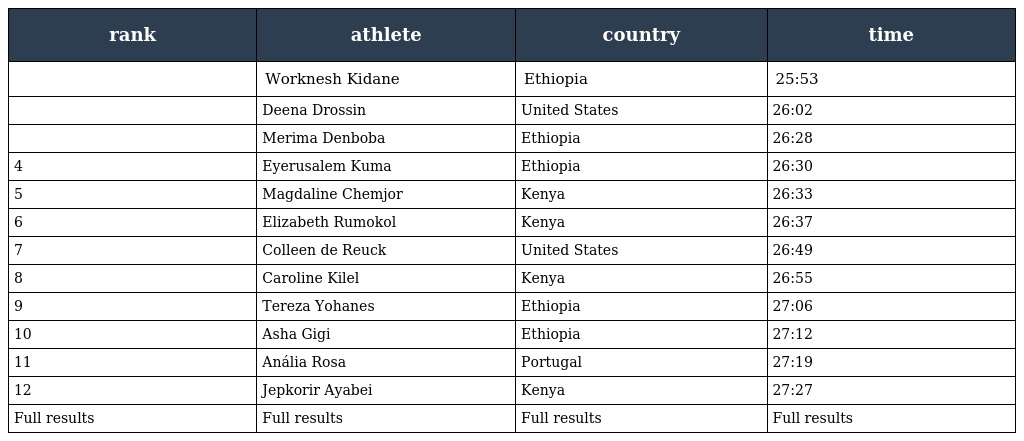
| rank | athlete | country | time |
 | --- | --- | --- | --- |
 |  | Worknesh Kidane | Ethiopia | 25:53 |
 |  | Deena Drossin | United States | 26:02 |
 |  | Merima Denboba | Ethiopia | 26:28 |
 | 4 | Eyerusalem Kuma | Ethiopia | 26:30 |
 | 5 | Magdaline Chemjor | Kenya | 26:33 |
 | 6 | Elizabeth Rumokol | Kenya | 26:37 |
 | 7 | Colleen de Reuck | United States | 26:49 |
 | 8 | Caroline Kilel | Kenya | 26:55 |
 | 9 | Tereza Yohanes | Ethiopia | 27:06 |
 | 10 | Asha Gigi | Ethiopia | 27:12 |
 | 11 | Anália Rosa | Portugal | 27:19 |
 | 12 | Jepkorir Ayabei | Kenya | 27:27 |
 | Full results | Full results | Full results | Full results |